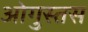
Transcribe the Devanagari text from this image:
ओगुस्तस